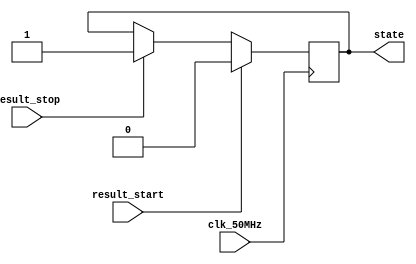
module statedetect(result_start,result_stop,clk_50MHz,state);
input result_start,result_stop,clk_50MHz; //input buttons after passing through debouncer circuit
output reg state;

always@(posedge clk_50MHz)
begin
if(result_start)
   state=1'b0;
else if (result_stop)
	state=1'b1;
end

endmodule